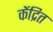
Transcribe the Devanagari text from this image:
केंद्रित